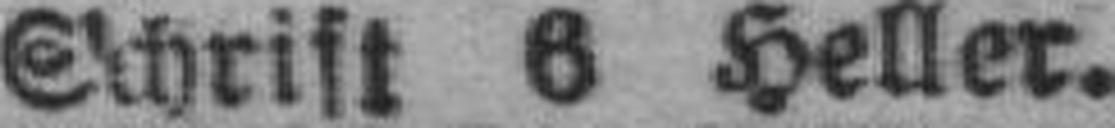
Schrift 8 Heller.